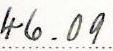
46.09